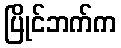
ပြိုင်ဘက်က